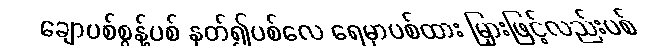
ချောပစ်စွန့်ပစ် နုတ်၍ပစ်လေ ရေမှာပစ်ထား မြှားဖြင့်လည်းပစ်